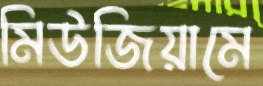
মিউজিয়ামে